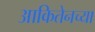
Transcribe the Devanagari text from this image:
आकितेनच्या